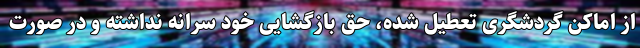
از اماکن گردشگری تعطیل شده، حق بازگشایی خود سرانه نداشته و در صورت